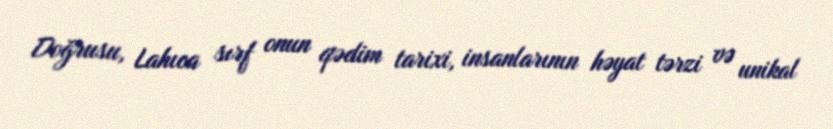
Doğrusu, Lahıca sırf onun qədim tarixi, insanlarının həyat tərzi və unikal